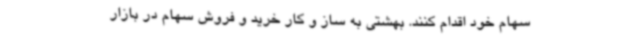
سهام خود اقدام کنند. بهشتی به ساز و کار خرید و فروش سهام در بازار